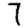
Digit: 7